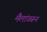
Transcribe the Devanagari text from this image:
मैलांवरून